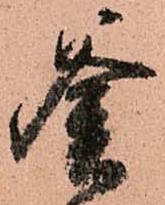
釜